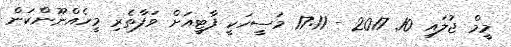
މީމް ޖުލައި 10